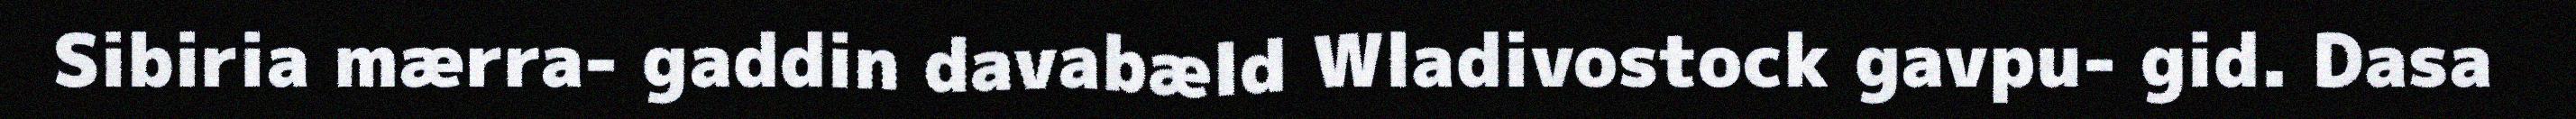
Sibiria mærra- gaddin davabæld Wladivostock gavpu- gid. Dasa